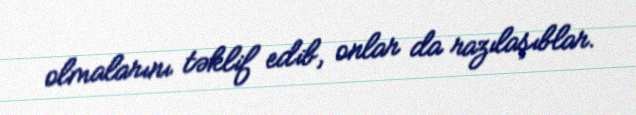
olmalarını təklif edib, onlar da razılaşıblar.